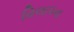
વિલાપના